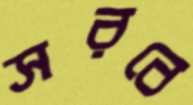
সরবে